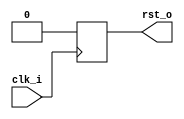
//-----------------------------------------------------------------
//                         open-logic-bit
//                            V0.1
//                        Copyright 2021
//              github.com/ultraembedded/openlogicbit
//
//                   admin@ultra-embedded.com
//
//                     License: Apache 2.0
//-----------------------------------------------------------------
// Copyright 2021 Ultra-Embedded.com
// 
// Licensed under the Apache License, Version 2.0 (the "License");
// you may not use this file except in compliance with the License.
// You may obtain a copy of the License at
// 
//     http://www.apache.org/licenses/LICENSE-2.0
// 
// Unless required by applicable law or agreed to in writing, software
// distributed under the License is distributed on an "AS IS" BASIS,
// WITHOUT WARRANTIES OR CONDITIONS OF ANY KIND, either express or implied.
// See the License for the specific language governing permissions and
// limitations under the License.
//-----------------------------------------------------------------
module reset_gen
(
    input  clk_i,
    output rst_o
);

reg       rst_q   = 1'b1;

always @(posedge clk_i) 
    rst_q <= 1'b0;

assign rst_o = rst_q;

endmodule